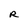
Character: R